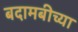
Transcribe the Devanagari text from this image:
बदामबीच्या